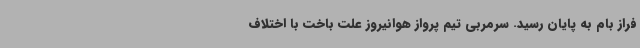
فراز بام به پایان رسید. سرمربی تیم پرواز هوانیروز علت باخت با اختلاف